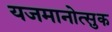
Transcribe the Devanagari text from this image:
यजमानोत्सुक